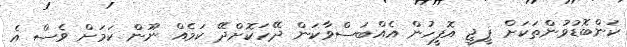
ކަންބޮޑުވުންތަކަށް ޕީޖީ އޮފީހުން އެއްބަސްވާކަން ދޭހަކޮށްދޭ ކަމެއް ނޫން ކަމަށް ވެސް އެ